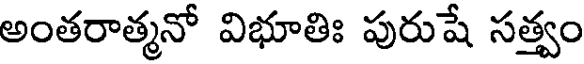
అంతరాత్మనో విభూతిః పురుషే సత్త్వం